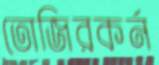
তোজিরকর্ন